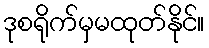
ဒုစရိုက်မှမထုတ်နိုင်။